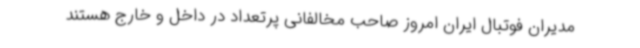
مدیران فوتبال ایران امروز صاحب مخالفانی پرتعداد در داخل و خارج هستند